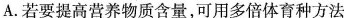
A.若要提高营养物质含量，可用多倍体育种方法